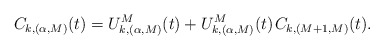
\begin{align*}C_{k,(\alpha,M)}(t) = U^M_{k,(\alpha,M)}(t) + U^M_{k,(\alpha,M)}(t) \kern+1pt C_{k,(M+1,M)}(t).\end{align*}